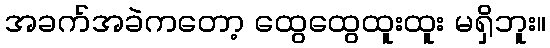
အခက်အခဲကတော့ ထွေထွေထူးထူး မရှိဘူး။